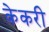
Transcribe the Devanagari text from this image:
केकरी